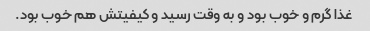
غذا گرم و خوب بود و به وقت رسید و کیفیتش هم خوب بود.